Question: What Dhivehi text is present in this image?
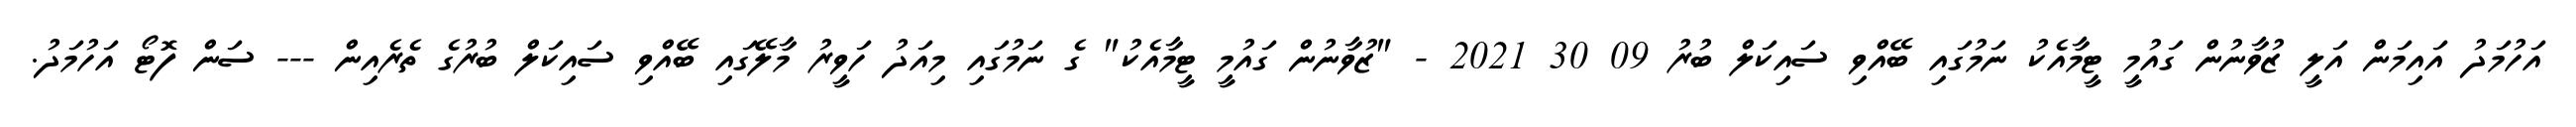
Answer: އަހުމަދު އައިމަން އަލީ ޒުވާނުން ގައުމީ ޓީމާއެކު ނަމުގައި ބޭއްވި ސައިކަލް ބުރު 09 30 2021 - "ޒުވާނުން ގައުމީ ޓީމާއެކު" ގެ ނަމުގައި މިއަދު ހަވީރު މާލޭގައި ބޭއްވި ސައިކަލް ބުރުގެ ތެރެއިން --- ސަން ފޮޓޯ އަހުމަދު.